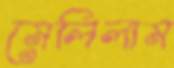
মেলিলাম